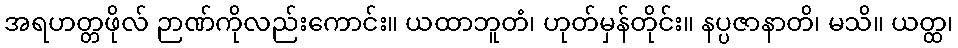
အရဟတ္တဖိုလ် ဉာဏ်ကိုလည်းကောင်း။ ယထာဘူတံ၊ ဟုတ်မှန်တိုင်း။ နပ္ပဇာနာတိ၊ မသိ။ ယတ္ထ၊